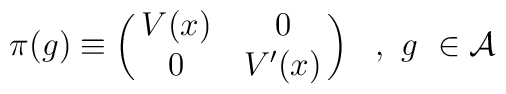
\pi(g) \equiv \left (\matrix {V(x) & 0 \cr 0 & V^\prime (x) } \right)\,\,\,\,,\,\,g\,\,\in {\cal A}